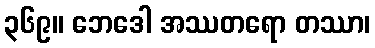
၃၆၉။ ဘေဒေါ အဿတရော တဿာ၊